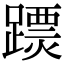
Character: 𨅟